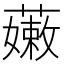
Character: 𧀒